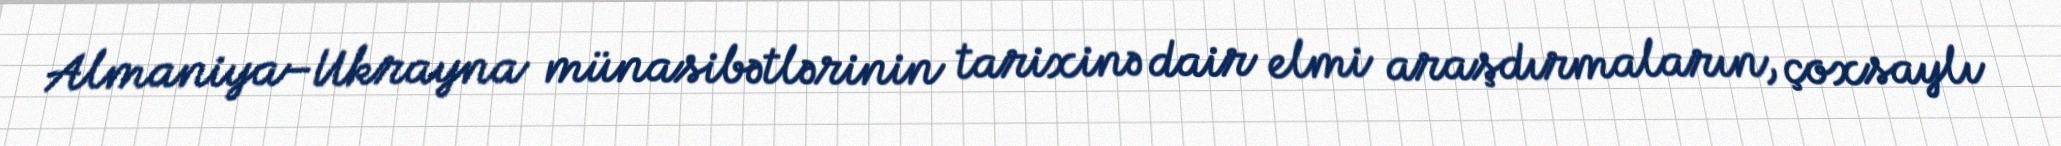
Almaniya–Ukrayna münasibətlərinin tarixinə dair elmi araşdırmaların, çoxsaylı